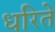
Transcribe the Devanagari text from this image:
धरिते